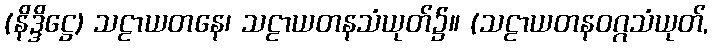
(နိဒ္ဒိဋ္ဌေ) သဠာယတနေ၊ သဠာယတနသံယုတ်၌။ (သဠာယတနဝဂ္ဂသံယုတ်,